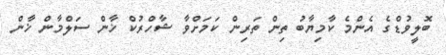
ބޮލީވުޑްގެ އެންމެ ކާމިޔާބު ތިން ތަރިން ކަމަށްވާ ޝާހްރުކް ޚާން ސަލްމާން ޚާން